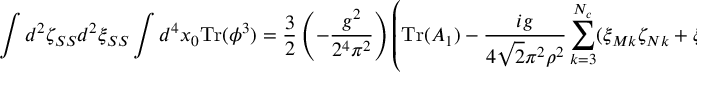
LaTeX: \int d ^ { 2 } \zeta _ { S S } d ^ { 2 } \xi _ { S S } \int d ^ { 4 } x _ { 0 } \mathrm { T r } ( \phi ^ { 3 } ) = \frac { 3 } { 2 } \left( - \frac { g ^ { 2 } } { 2 ^ { 4 } \pi ^ { 2 } } \right) \left( \mathrm { T r } ( A _ { 1 } ) - \frac { i g } { 4 \sqrt { 2 } \pi ^ { 2 } \rho ^ { 2 } } \sum _ { k = 3 } ^ { N _ { c } } ( \xi _ { M k } \zeta _ { N k } + \xi _ { N k } \zeta _ { M k } ) \right) .